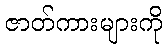
ဇာတ်ကားများကို